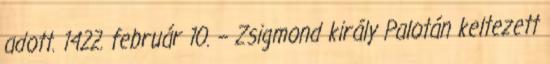
adott. 1422. február 10. – Zsigmond király Palotán keltezett